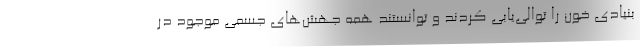
بنیادی خون را توالی‌یابی کردند و توانستند همه جهش‌های جسمی موجود در